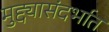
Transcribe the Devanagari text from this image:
मुद्द्यासंदर्भात